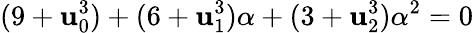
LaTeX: (9+\mathbf{u}_{0}^{3})+(6+\mathbf{u}_{1}^{3})\alpha+(3+\mathbf{u}_{2}^{3})\alpha^{2}=0